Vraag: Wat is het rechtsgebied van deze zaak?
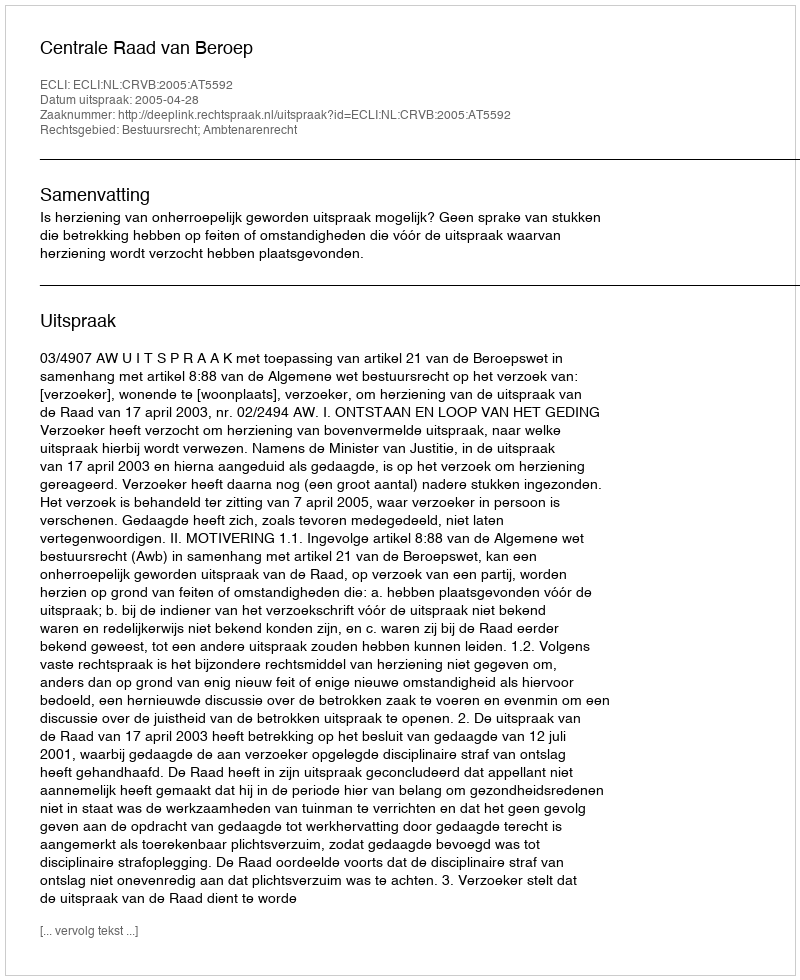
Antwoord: Bestuursrecht; Ambtenarenrecht